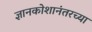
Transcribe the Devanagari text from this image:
ज्ञानकोशानंतरच्या